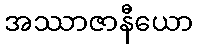
အဿာဇာနီယော